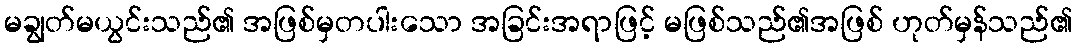
မချွတ်မယွင်းသည်၏ အဖြစ်မှတပါးသော အခြင်းအရာဖြင့် မဖြစ်သည်၏အဖြစ် ဟုတ်မှန်သည်၏